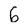
Character: 6